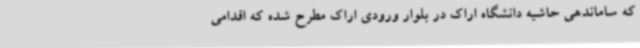
که ساماندهی حاشیه دانشگاه اراک در بلوار ورودی اراک مطرح شده که اقدامی